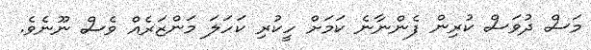
މަސް ދުވަސް ކުރިން ފެންނާނެ ކަމަށް ހީކުރި ކަހަލަ މަންޒަރެއް ވެސް ނޫނެވެ.